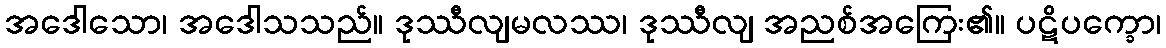
အဒေါသော၊ အဒေါသသည်။ ဒုဿီလျမလဿ၊ ဒုဿီလျ အညစ်အကြေး၏။ ပဋိပက္ခော၊